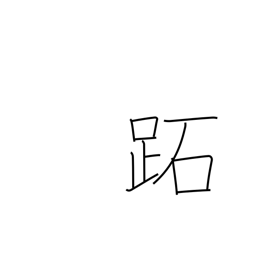
Meaning: sole of the foot